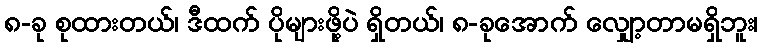
၈-ခု စုထားတယ်၊ ဒီထက် ပိုများဖို့ပဲ ရှိတယ်၊ ၈-ခုအောက် လျှော့တာမရှိဘူး၊